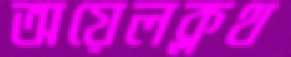
অয়েলক্লথ